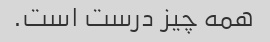
همه چیز درست است.